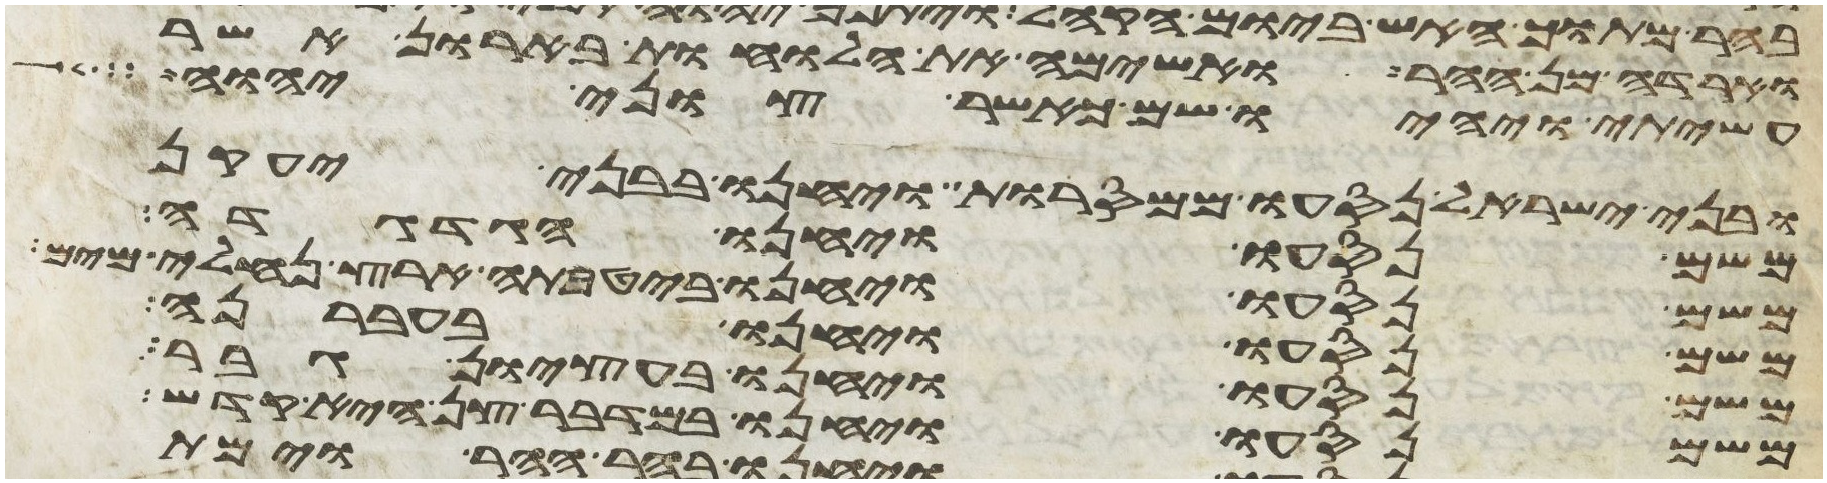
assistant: וארדה מן ההר ואשימה את הלוחות בארון אשר
עשיתי ויהיו שם כאשר צוני יהוה
ובני ישראל נסעו ממסרות ויחנו בבני יעקן
משם נסעו ויחנו הגדגדה
משם נסעו ויחנו ביטבתה ארץ נחלי מים
משם נסעו ויחנו בעברנה
משם נסעו ויחנו בעציון גבר
משם נסעו ויחנו במדבר צן היא קדש